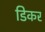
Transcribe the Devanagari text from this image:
डिकर